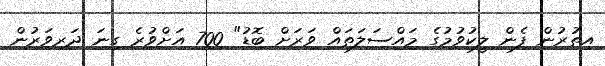
އިތުރުން ފެން ލީކުވުމުގެ މައްސަލަތައް ވަރަށް ބޮޑު" 700 އަށްވުރެ ގިނަ ދަރިވަރުން